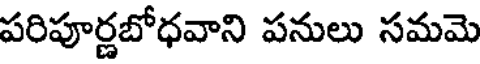
పరిపూర్ణబోధవాని పనులు సమమె